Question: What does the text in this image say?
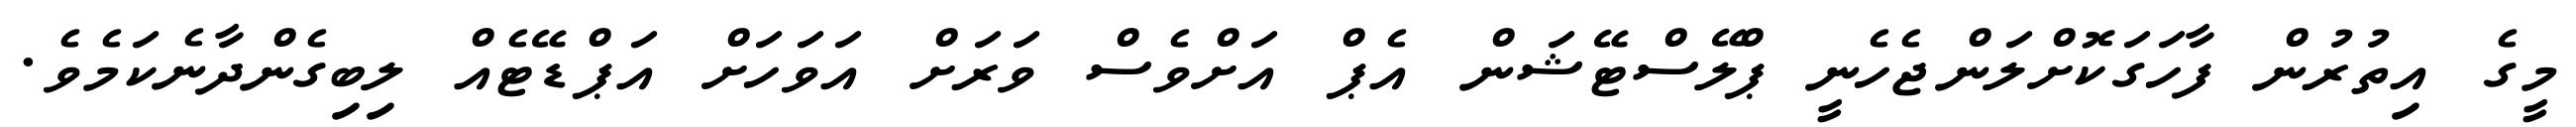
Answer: މީގެ އިތުރުން ފާހަގަކޮށްލަންޖެހެނީ ޕްލޭސްޓޭޝަން އެޕް އަށްވެސް ވަރަށް އަވަހަށް އަޕްޑޭޓެއް ލިބިގެންދާނެކަމެވެ.